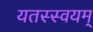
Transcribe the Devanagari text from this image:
यतस्स्वयम्